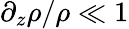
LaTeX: \partial_{z}\rho/\rho\ll 1